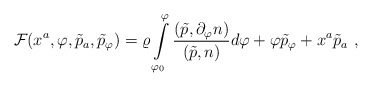
\begin{align*}{\cal F}(x^a,\varphi ,\tilde{p}_a, \tilde{p}_\varphi )=\varrho\int\limits_{\varphi_0}^{\varphi}\frac{(\tilde{p},\partial_\varphi n)}{(\tilde{p},n)}d\varphi+ \varphi\tilde{p}_\varphi+x^a\tilde{p}_a\ ,\end{align*}